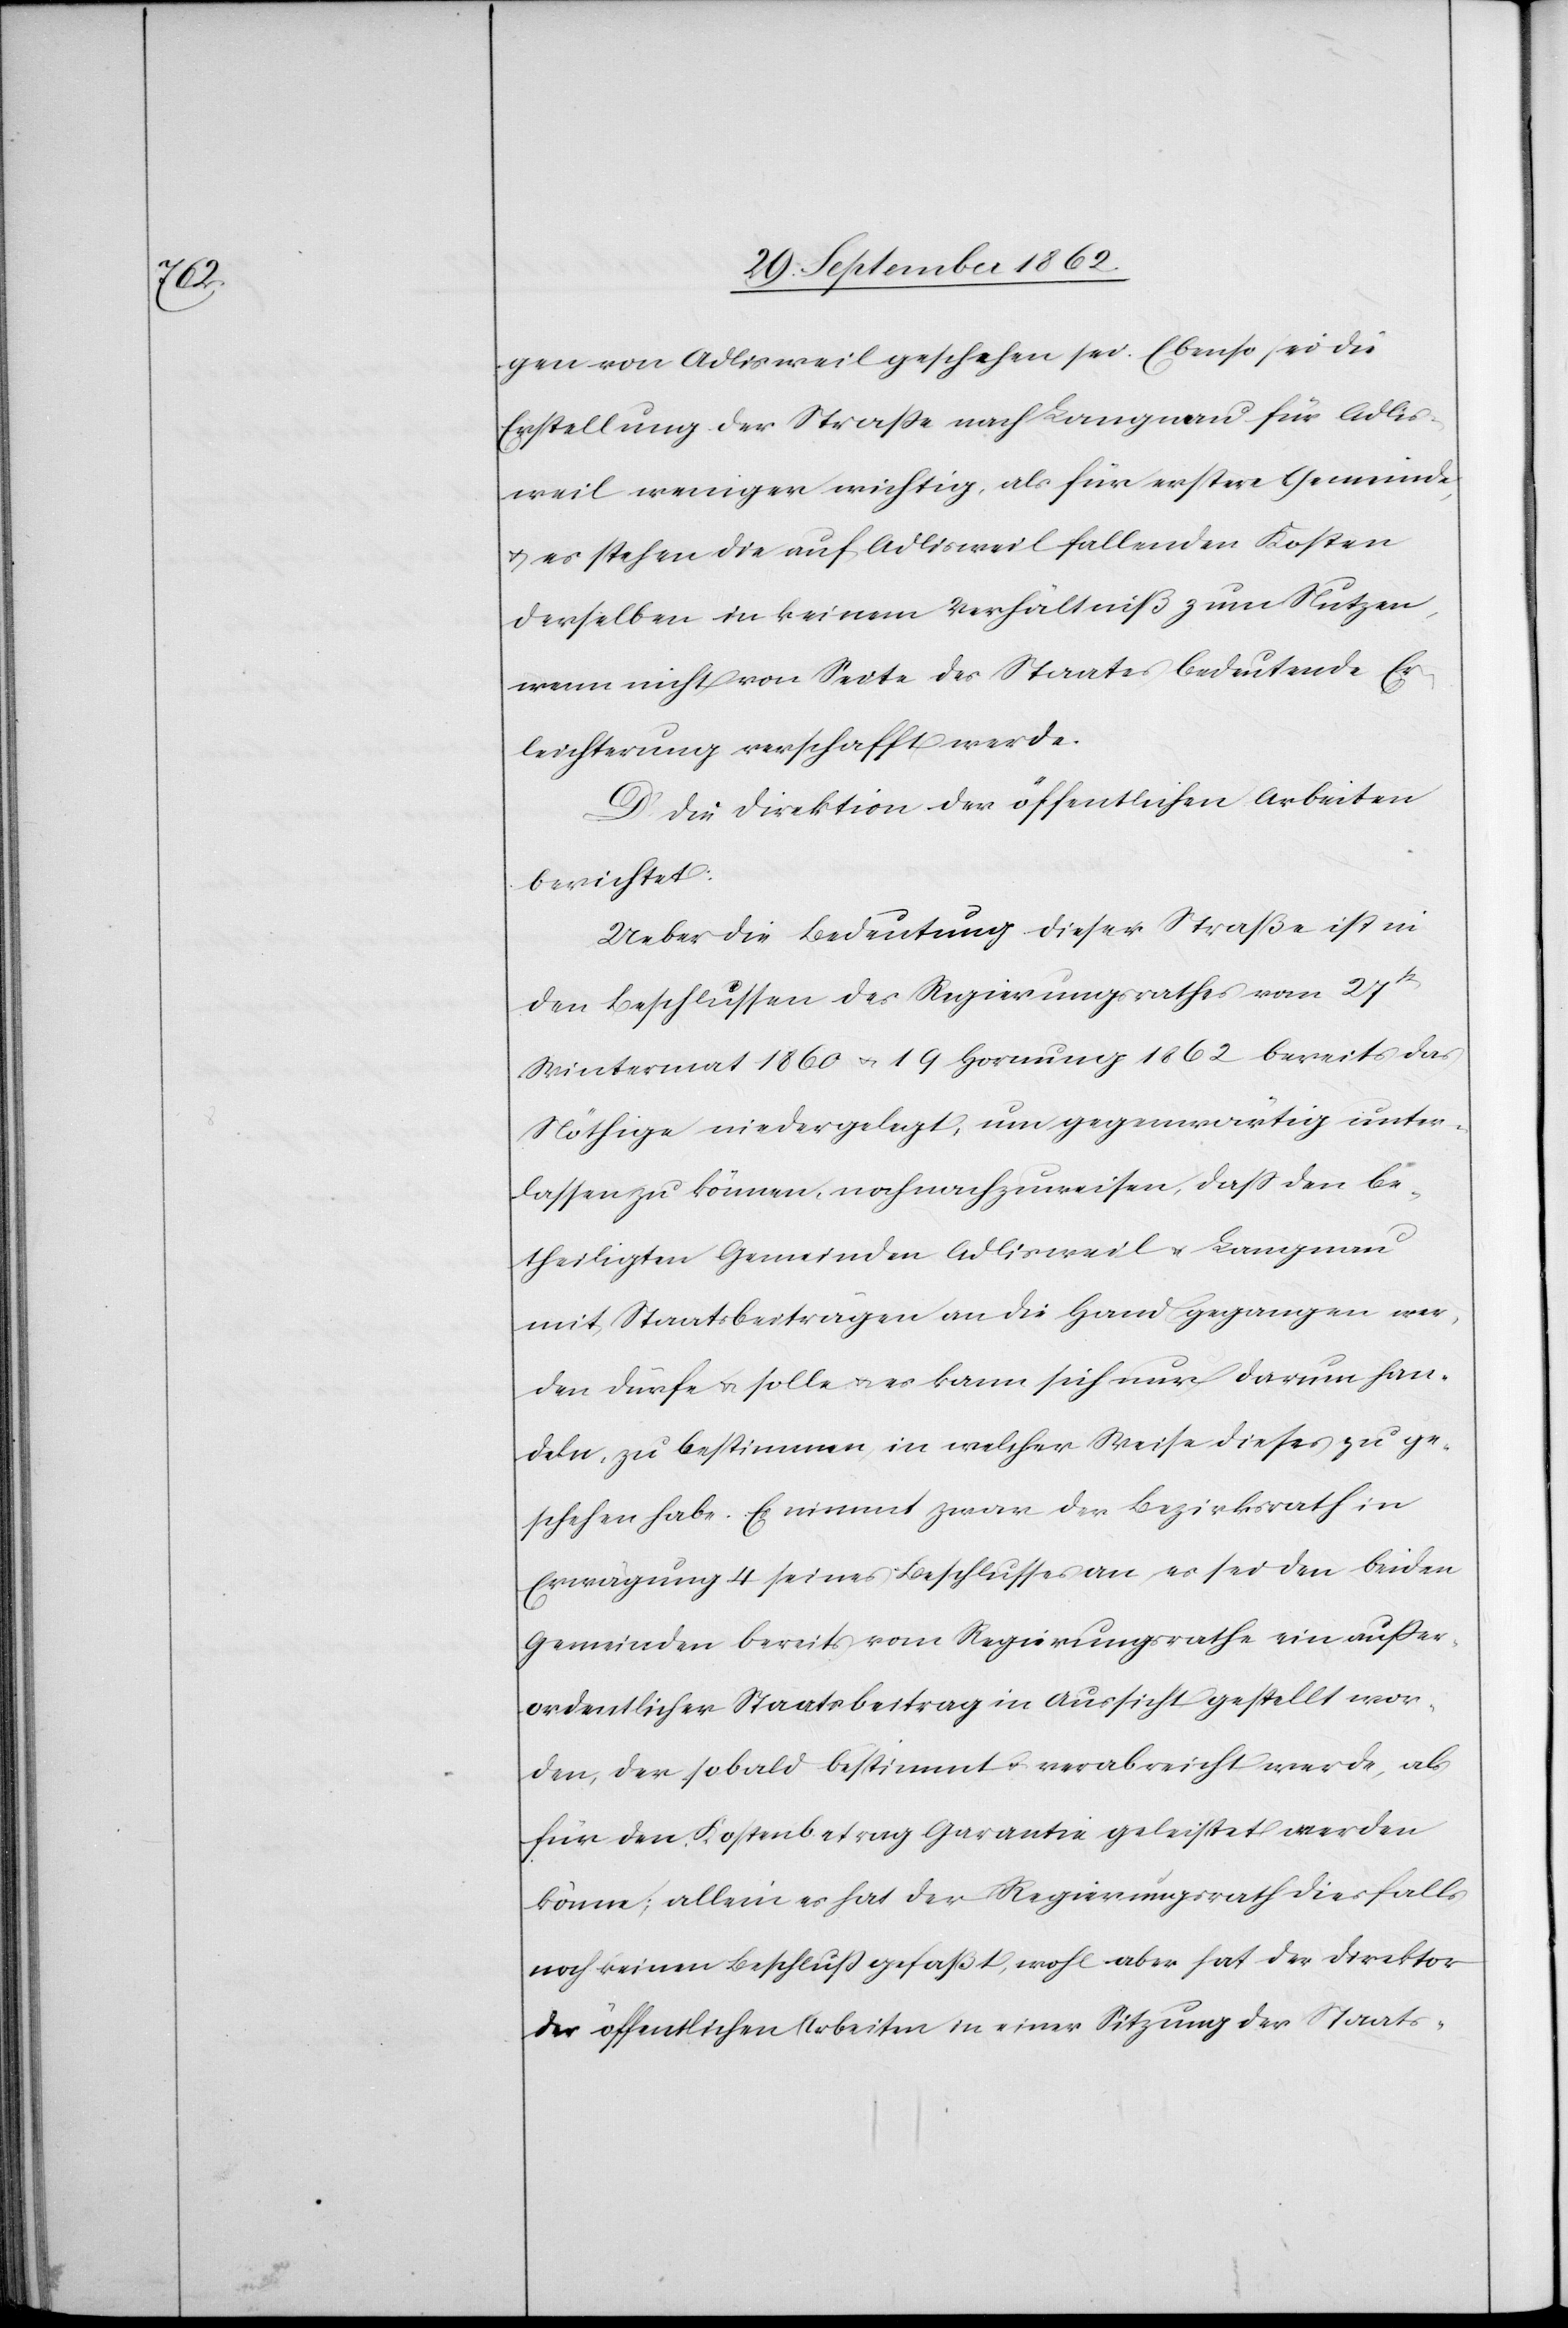
gen von Adlisweil geschehen sei. Ebenso sei die
Erstellung der Straße nach Langnau für Adlis¬
weil weniger wichtig, als für erstere Gemeinde,
u. es stehen die auf Adlisweil fallenden Kosten
derselben in keinem Verhältniß zum Nutzen,
wenn nicht von Seite des Staates bedeutende Er¬
leichterung verschafft werde.
D. Die Direktion der öffentlichen Arbeiten
berichtet:
Ueber die Bedeutung dieser Straße ist in
den Beschlüssen des Regierungsrathes vom 27t
Wintermonat 1860 u. 19. Hornung 1862 bereits das
Nöthige niedergelegt, um gegenwärtig unter¬
lassen zu können, noch nachzuweisen, daß den be¬
theiligten Gemeinden Adlisweil u. Langnau
mit Staatsbeiträgen an die Hand gegangen wer¬
den dürfe u. solle u. es kann sich nur darum han¬
deln, zu bestimmen, in welcher Weise dieses zu ge¬
schehen habe. Es nimmt zwar der Bezirksrath in
Erwägung 4 seines Beschlusses an, es sei den beiden
Gemeinden bereits vom Regierungsrathe ein außer¬
ordentlicher Staatsbeitrag in Aussicht gestellt wor¬
den, der sobald bestimmt u. verabreicht werde, als
für den Kostenbetrag Garantie geleistet werden
könne; allein es hat der Regierungsrath diesfalls
noch einen Beschluß gefaßt, wohl aber hat der Direktor
der öffentlichen Arbeiten in einer Sitzung der Staats-